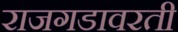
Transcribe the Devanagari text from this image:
राजगडावरती